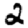
Digit: 2